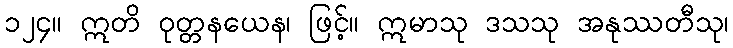
၁၂၄။ ဣတိ ဝုတ္တနယေန၊ ဖြင့်။ ဣမာသု ဒသသု အနုဿတီသု၊